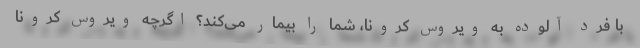
با فرد آلوده به ویروس کرونا، شما را بیمار می‌کند؟ اگرچه ویروس کرونا